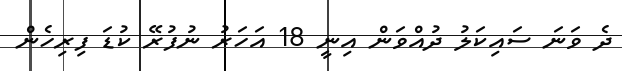
ދެ ވަނަ ސައިކަލު ދުއްވަން އިނީ 18 އަހަރު ނުފުރޭ ކުޑަ ފިރިހެން